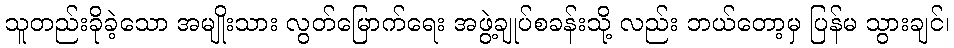
သူတည်းခိုခဲ့သော အမျိုးသား လွတ်မြောက်ရေး အဖွဲ့ချုပ်စခန်းသို့ လည်း ဘယ်တော့မှ ပြန်မ သွားချင်၊